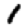
Digit: 1